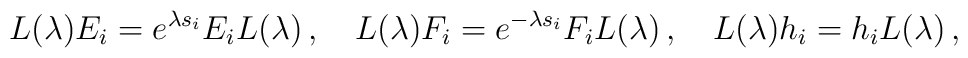
L(\lambda) E_i=e^{\lambda s_i}E_i L(\lambda)\,,~~~L(\lambda) F_i=e^{-\lambda s_i}F_i L(\lambda)\,,~~~L(\lambda) h_i=h_i L(\lambda)\,,